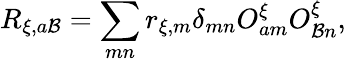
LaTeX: R_{\xi,a\mathcal{B}}=\sum_{mn}r_{\xi,m}\delta_{mn}O_{am}^{\xi}O_{\mathcal{B}n}^{\xi},